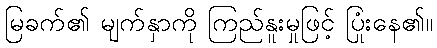
မြခက်၏ မျက်နှာကို ကြည်နူးမှုဖြင့် ပြုံးနေ၏။